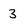
Character: 3